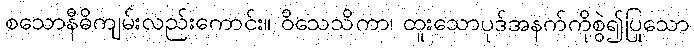
စသောနီဓိကျမ်းလည်းကောင်း။ ဝိသေသိကာ၊ ထူးသောပုဒ်အနက်ကိုစွဲ၍ပြုသော